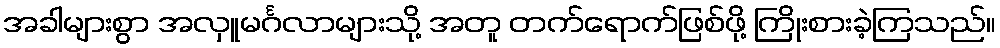
အခါများစွာ အလှူမင်္ဂလာများသို့ အတူ တက်ရောက်ဖြစ်ဖို့ ကြိုးစားခဲ့ကြသည်။